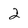
Character: 2